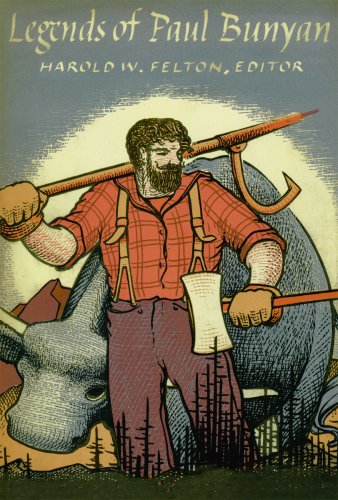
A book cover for Legends of Paul Bunyan (Fesler-Lampert Minnesota Heritage Book); Harold W. Felton; Literature & Fiction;